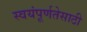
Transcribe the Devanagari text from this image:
स्वयंपूर्णतेसाठी